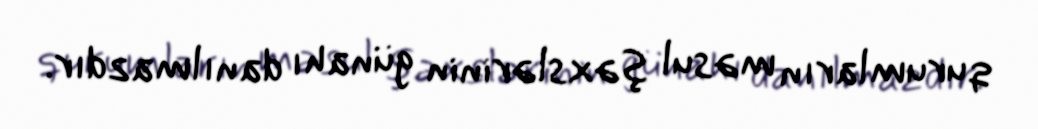
qurumların məsul şəxslərinin günahı danılmazdır.